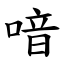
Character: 喑